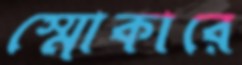
স্মোকারে